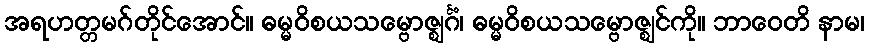
အရဟတ္တမဂ်တိုင်အောင်။ ဓမ္မဝိစယသမ္ဗောဇ္ဈင်္ဂံ၊ ဓမ္မဝိစယသမ္ဗောဇ္ဈင်ကို။ ဘာဝေတိ နာမ၊